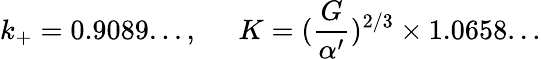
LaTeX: k_{+}=0.9089...,\; \; \; \; \; K=(\frac{G}{\alpha^{\prime}})^{2/3}\times 1.0658...